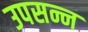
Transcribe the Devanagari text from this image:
उपसन्न